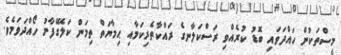
މީސްތަކުން ހައްދަވައި ބޮޑު ކުރެއްވި ރަސްކަލާނގެ ރައްކާތެރިކަމާއި ޙިމާޔަތް ތިމަން ކަލޭގެފާނު ހޯއްދަވަމެވެ.